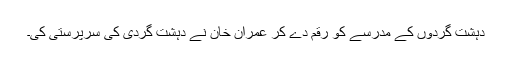
دہشت گردوں کے مدرسے کو رقم دے کر عمران خان نے دہشت گردی کی سرپرستی کی۔